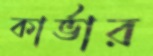
কার্ভার